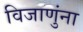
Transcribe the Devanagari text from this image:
विजाणुंना